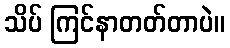
သိပ် ကြင်နာတတ်တာပဲ။